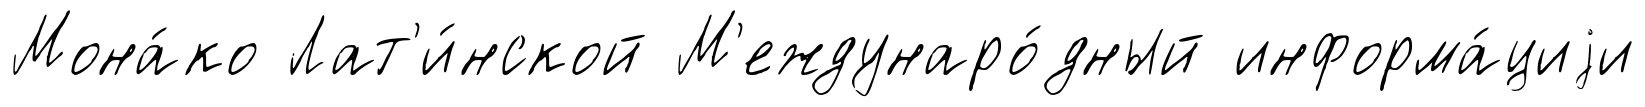
Мона́ко Лат'и́нской М'еждунаро́дный информа́циjи